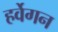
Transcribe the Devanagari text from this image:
हर्वेगन